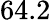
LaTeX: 64.2